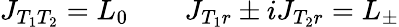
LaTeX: J_{T_{1}T_{2}}=L_{0}\qquad J_{T_{1}r}\pm iJ_{T_{2}r}=L_{\pm}